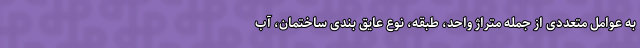
به عوامل متعددی از جمله متراژ واحد، طبقه، نوع عایق بندی ساختمان، آب